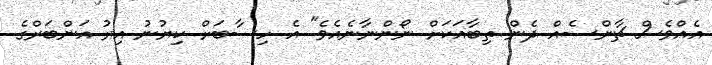
އެއްވެސް ޗާންސެއް ދެން ތިބާއަކަށް ނޯންނާނެއެވެ" އެ ހިސާބަށް ކިޔުނު އިރު އަންބަރްގެ